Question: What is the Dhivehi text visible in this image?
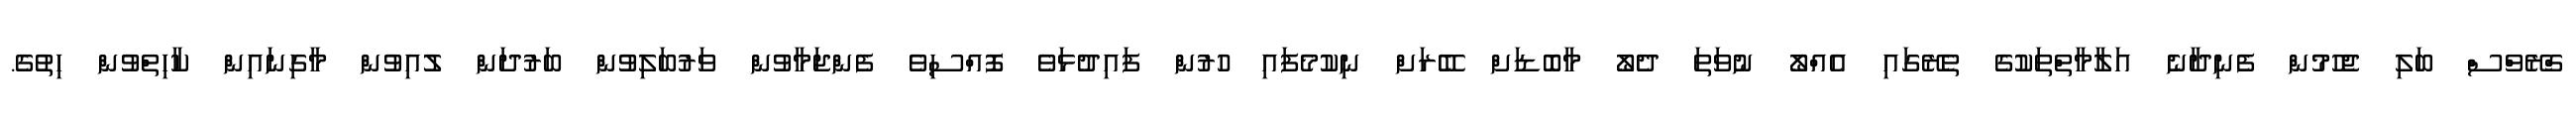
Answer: ގްރޭވްސް ބަލި ޖެހުމުން ފެނިދާނެ އަލާމާތްތަކުގެ ތެރޭގައި އެއްލޯ ނުވަތަ ދެލޯ މާބޮޑަށް ބޭރަށް ނިކުމެފައި ހުރުން ފައިދުޅަވެ ފޮއްސިވެ ފެންޖަމާވުން ވަރުބަލިވުން ބަރުދަން ލުއިވުން މާގިނައިން ކާހިތްވުން ހިތުގެ.